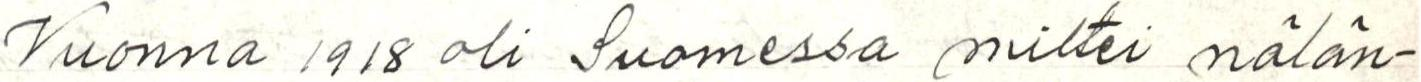
Vuonna 1918 oli Suomessa miltei nälän-